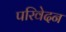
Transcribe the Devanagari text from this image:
परिवेदन